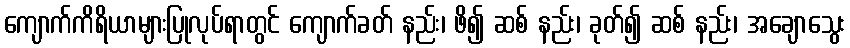
ကျောက်ကိရိယာများပြုလုပ်ရာတွင် ကျောက်ခတ် နည်း၊ ဖိ၍ ဆစ် နည်း၊ ခုတ်၍ ဆစ် နည်း၊ အချောသွေး